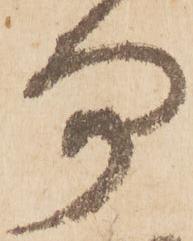
易